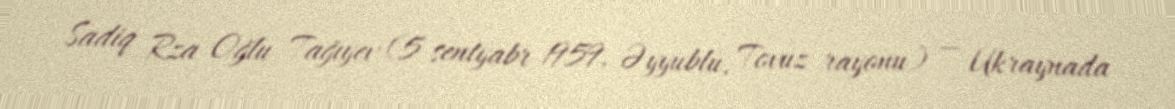
Sadiq Rza Oğlu Tağıyev (5 sentyabr 1959, Əyyublu, Tovuz rayonu) — Ukraynada